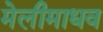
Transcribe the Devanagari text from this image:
मेलीमाधव